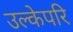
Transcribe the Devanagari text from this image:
उल्केपरि